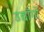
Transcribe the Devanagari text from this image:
उद्यॉगों